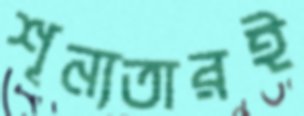
শূন্যতারই